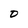
Character: O